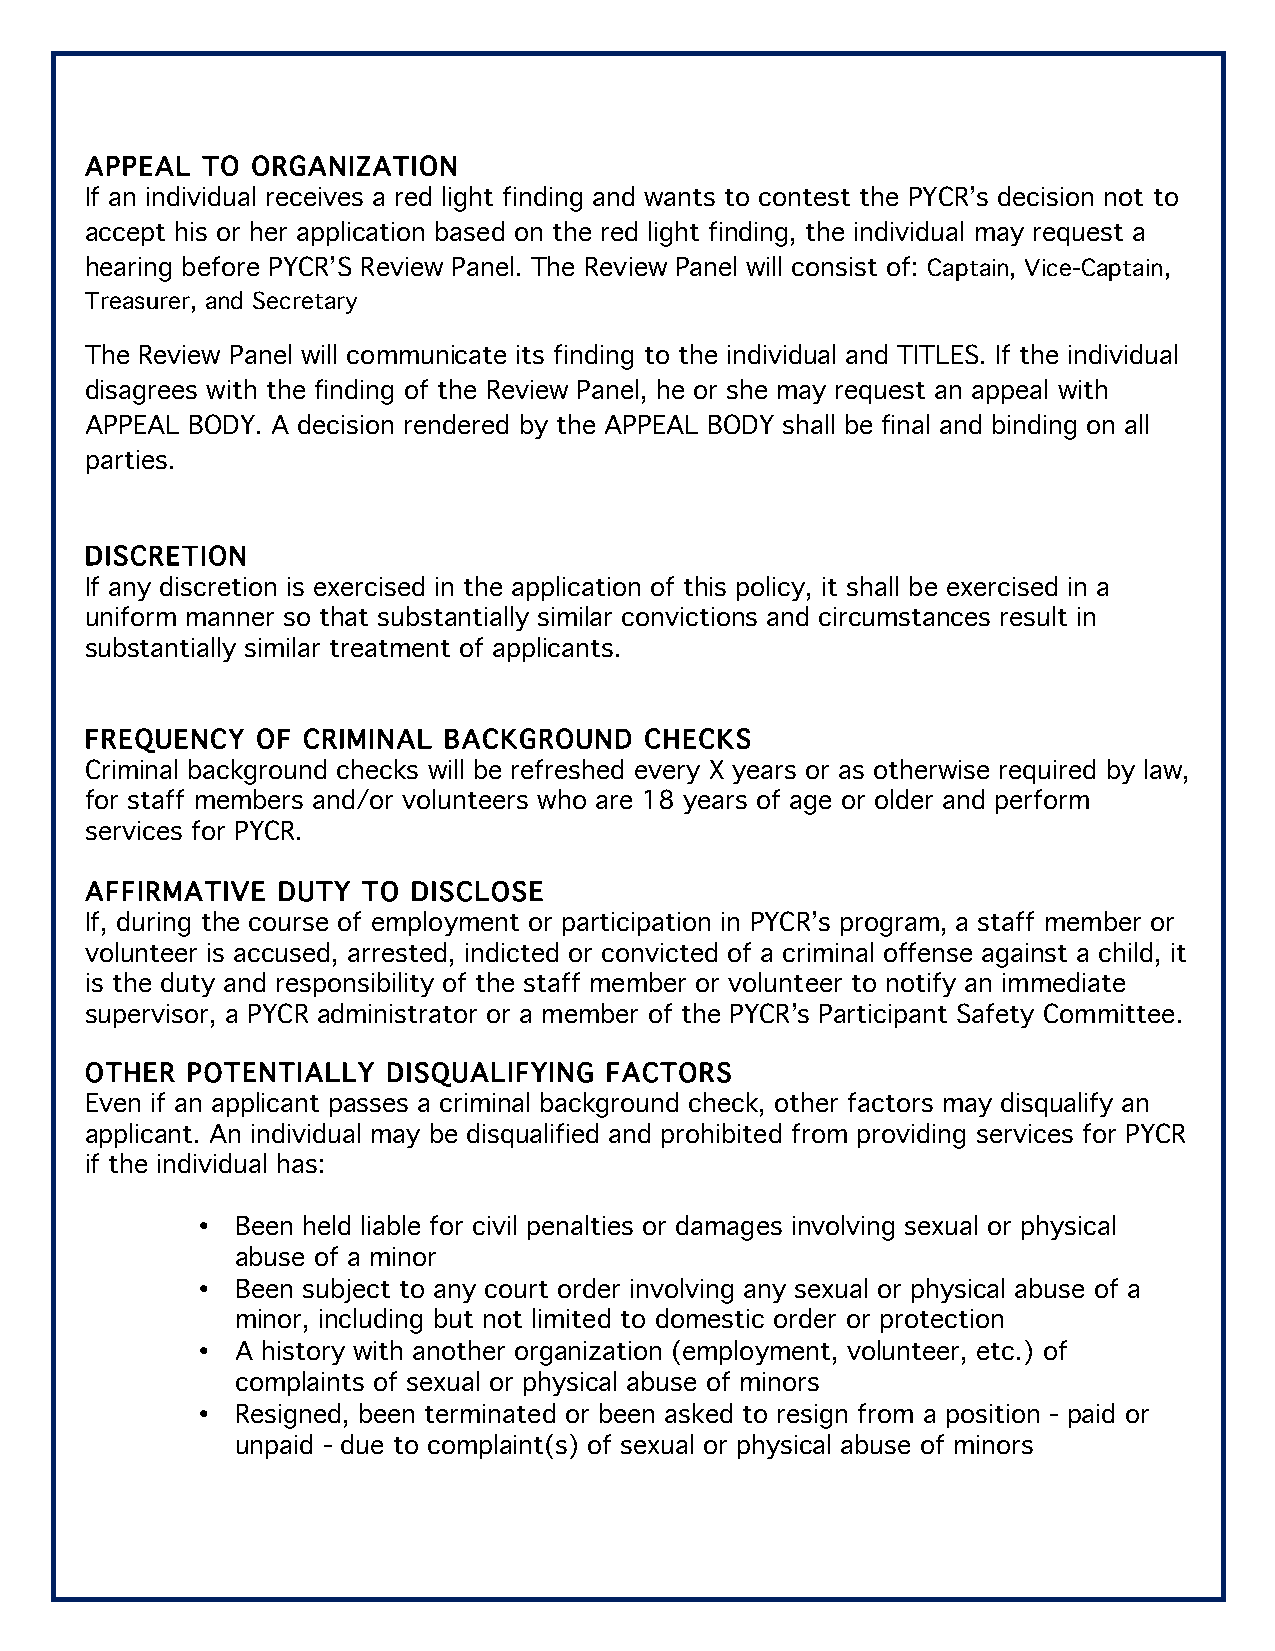
APPEAL TO  ORGANIZATION
 If an individual receives a red light finding and wants to contest the PYCR’s decision not to
 accept his or her application based on the red light finding, the individual may request a
 hearing before PYCR’S Review Panel. The Review Panel will consist of: Captain, Vice-Captain,
 Treasurer, and Secretary
 The Review Panel will communicate its finding to the individual and TITLES. If the individual
 disagrees with the finding of the Review Panel, he or she may request an appeal with
 APPEAL BODY. A decision rendered by the APPEAL BODY shall be final and binding on all
 parties.
 DISCRETION
 If any discretion is exercised in the application of this policy, it shall be exercised in a
 uniform manner so that substantially similar convictions and circumstances result in
 substantially similar treatment of applicants.
 FREQUENCY  OF CRIMINAL BACKGROUND    CHECKS
 Criminal background checks will be refreshed every X years or as otherwise required by law,
 for staff members and/or volunteers who are 18 years of age or older and perform
 services for PYCR.
 AFFIRMATIVE DUTY  TO DISCLOSE
 If, during the course of employment or participation in PYCR’s program, a staff member or
 volunteer is accused, arrested, indicted or convicted of a criminal offense against a child, it
 is the duty and responsibility of the staff member or volunteer to notify an immediate
 supervisor, a PYCR administrator or a member of the PYCR’s Participant Safety Committee.
 OTHER POTENTIALLY   DISQUALIFYING FACTORS
 Even if an applicant passes a criminal background check, other factors may disqualify an
 applicant. An individual may be disqualified and prohibited from providing services for PYCR
 if the individual has:
 •  Been held liable for civil penalties or damages involving sexual or physical
 abuse of a minor
 •  Been subject to any court order involving any sexual or physical abuse of a
 minor, including but not limited to domestic order or protection
 •  A history with another organization (employment, volunteer, etc.) of
 complaints of sexual or physical abuse of minors
 •  Resigned, been terminated or been asked to resign from a position - paid or
 unpaid - due to complaint(s) of sexual or physical abuse of minors